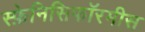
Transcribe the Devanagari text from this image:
स्फ़ेनिसिफॉरमीस